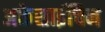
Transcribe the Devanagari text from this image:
अकेसाईचिन